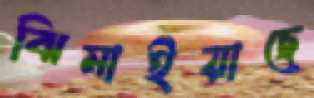
ঝিমাইয়াছে